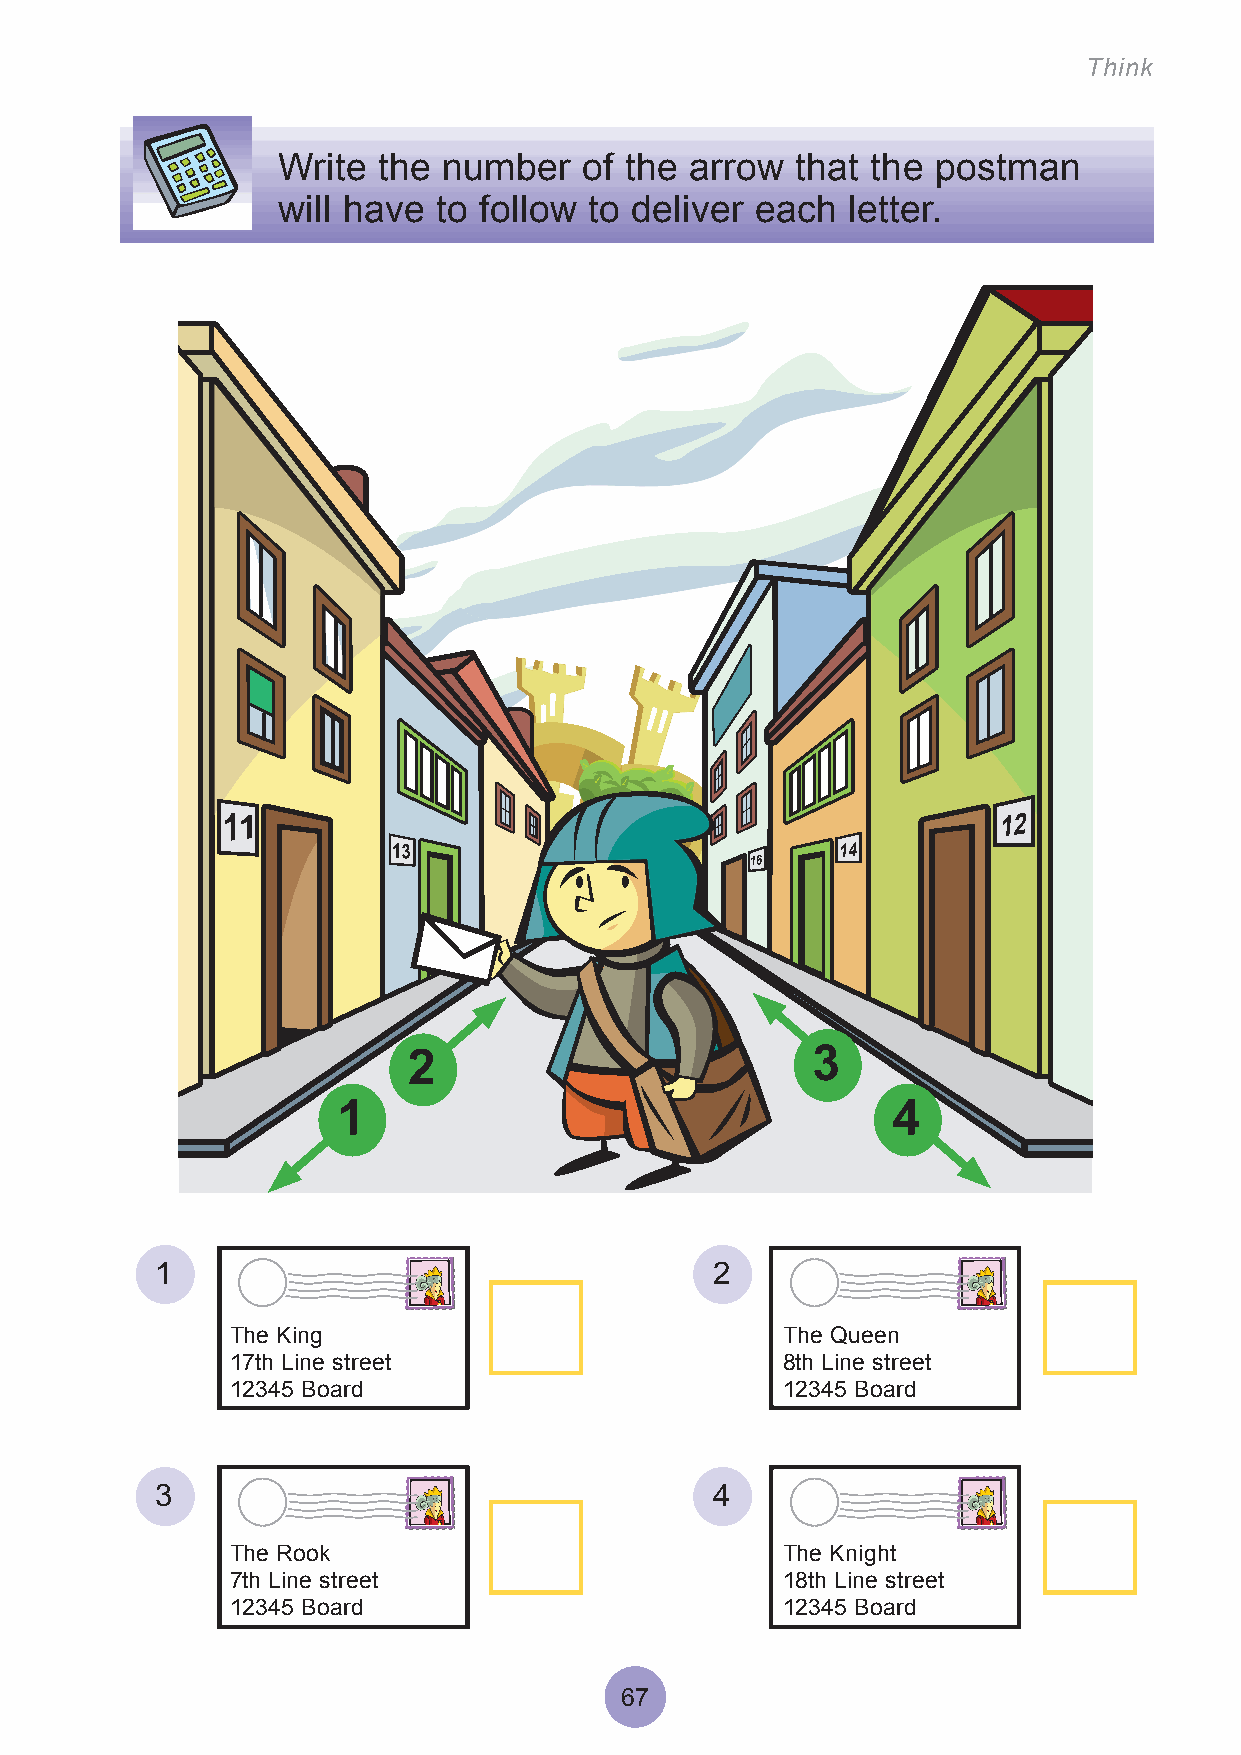
Think
 Write  the number    of the arrow  that the postman
 will have  to follow to deliver each  letter.
 2                          3
 1                                    4
 1                                    2
 The King                             The Queen
 17th Line street                     8th Line street
 12345 Board                          12345 Board
 3                                    4
 The Rook                             The Knight
 7th Line street                      18th Line street
 12345 Board                          12345 Board
 67
 61
 1 4
 1 2